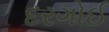
દરગોઈ